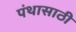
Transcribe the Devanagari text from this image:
पंथासाठी